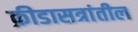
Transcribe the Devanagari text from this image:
क्रीडासत्रांतील